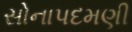
સોનાપદમણી